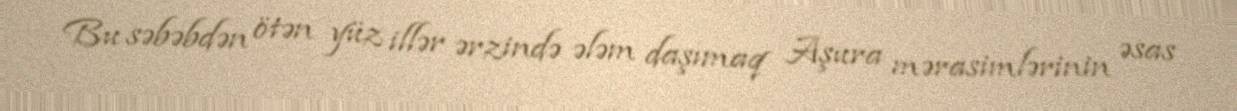
Bu səbəbdən ötən yüz illər ərzində ələm daşımaq Aşura mərasimlərinin əsas